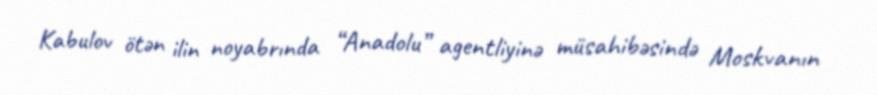
Kabulov ötən ilin noyabrında “Anadolu” agentliyinə müsahibəsində Moskvanın